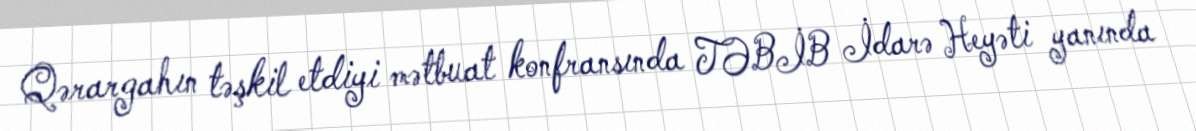
Qərargahın təşkil etdiyi mətbuat konfransında TƏBİB İdarə Heyəti yanında